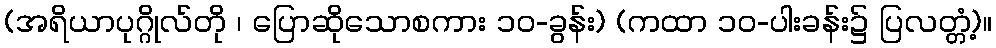
(အရိယာပုဂ္ဂိုလ်တို ၊ ပြောဆိုသောစကား ၁၀-ခွန်း) (ကထာ ၁၀-ပါးခန်း၌ ပြလတ္တံ့)။